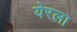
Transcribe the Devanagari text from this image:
येरला